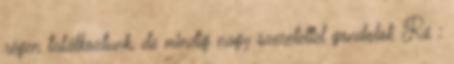
régen találkoztunk, de mindig nagy szeretettel gondolok Rá :